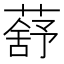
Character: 𦺗